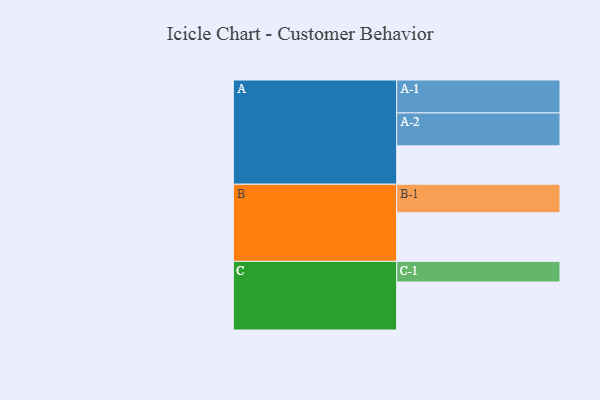
{"axis": {"x": "Segment", "y": "Value"}, "legend": ["", "A", "B", "C"], "data": [{"x": "A", "y": 330, "type": ""}, {"x": "B", "y": 418, "type": ""}, {"x": "C", "y": 413, "type": ""}, {"x": "A-1", "y": 283, "type": "A"}, {"x": "A-2", "y": 283, "type": "A"}, {"x": "B-1", "y": 245, "type": "B"}, {"x": "C-1", "y": 177, "type": "C"}]}